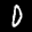
Label: 0